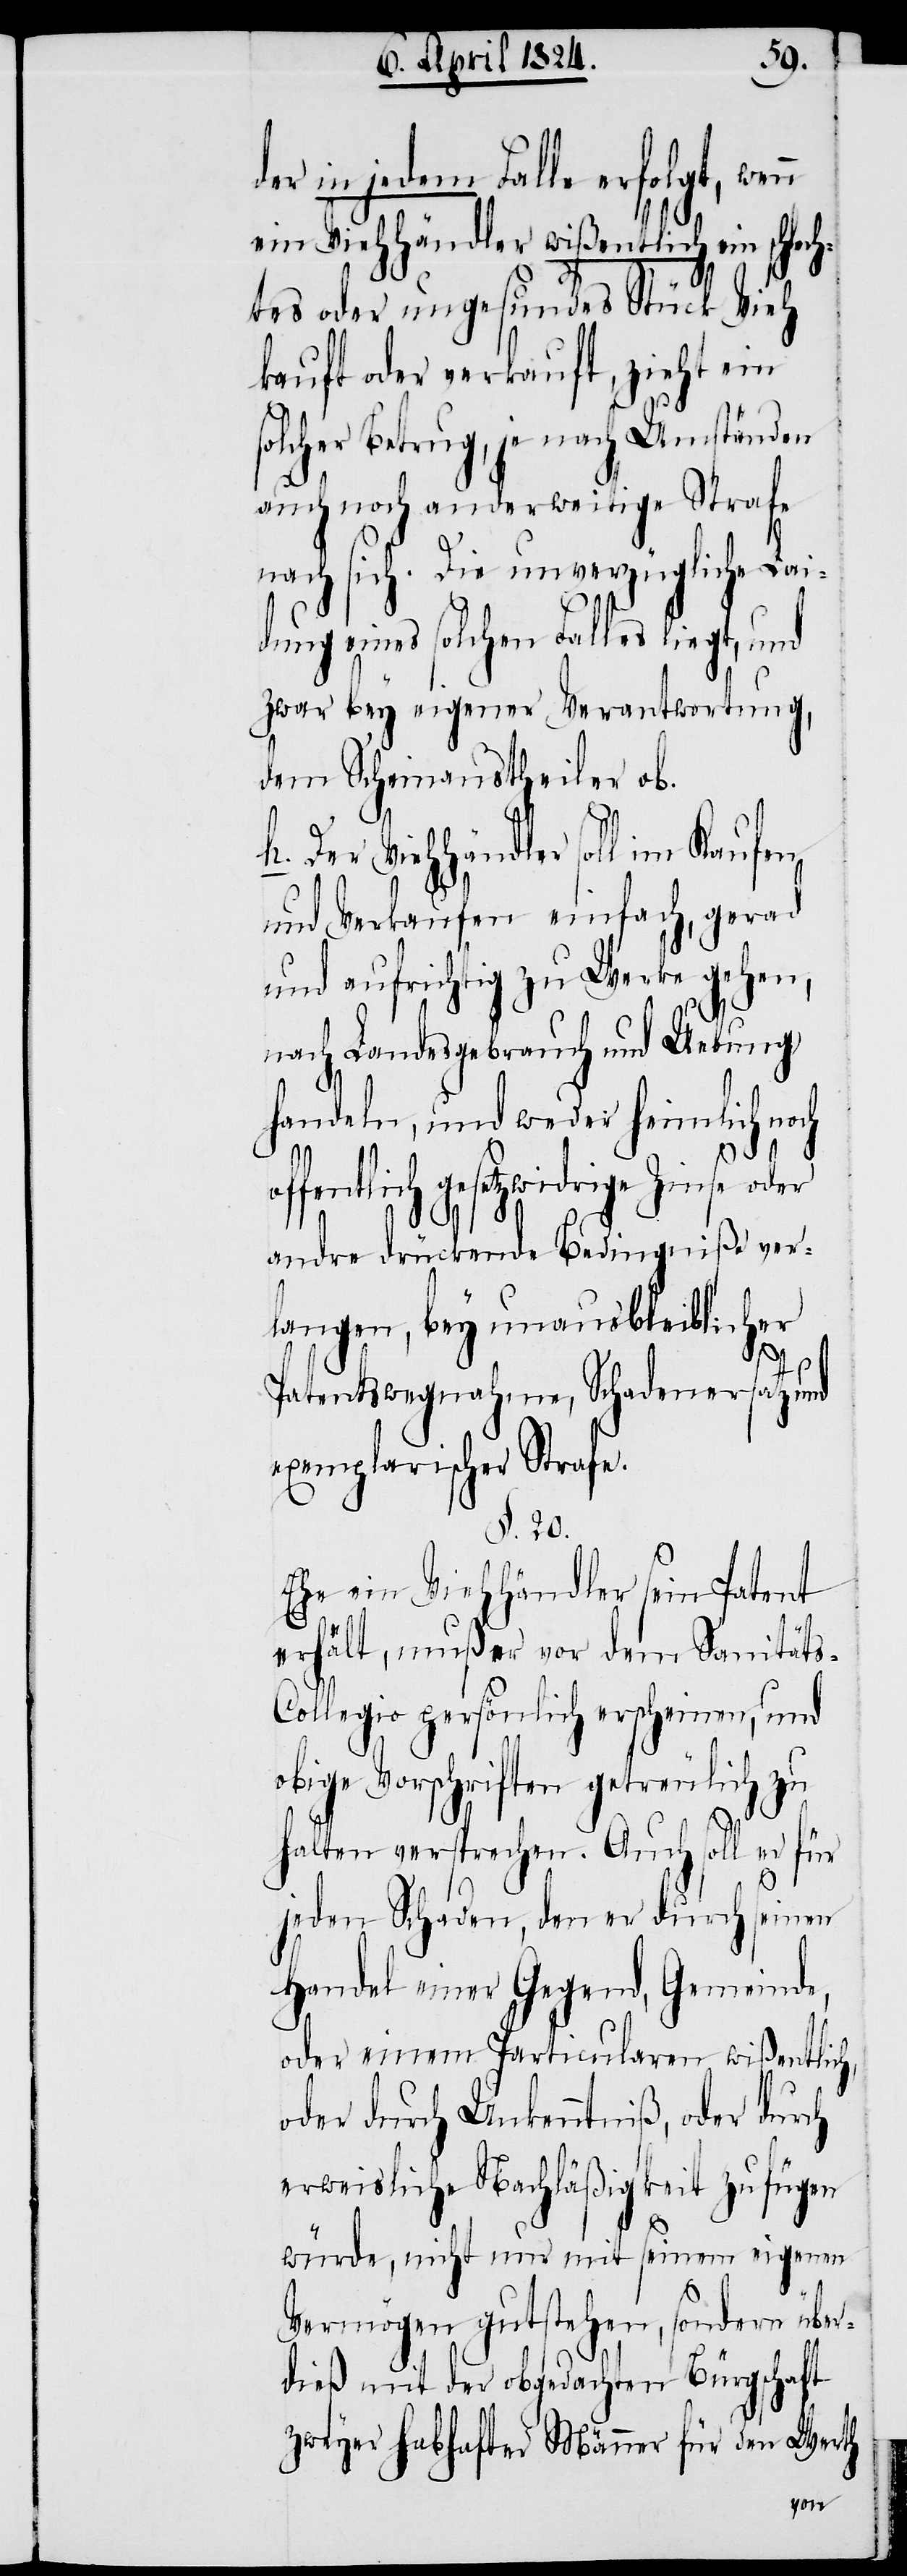
er in jedem Falle erfolgt, wen¬
ein Viehhändler wißentlich ein schlech¬
tes oder ungesundes Vieh
kauft oder verkauft, zieht ein
solcher Betrug, je nach Umständen
auch noch anderweitige Strafe
nach sich. Die unverzügliche Lai¬
dung eines solchen Falles liegt,
zwar bey eigener Verantwortung,
dem Scheinaustheiler ob.
Der Viehhändler soll im Kaufen
und Verkaufen einfach, gerad
und aufrichtig zu Werke gehen,
nach Landesgebrauch und Uebung
n
handeln, und weder heimlich noch
of¬
fentlich gesetzwidrige Zinse
andre drückende Bedingniße ver¬
langen, bey unausbleiblicher
Patentswegnahme, Schadenersatz und
exemplarischer Strafe.
§. 20.
Ehe ein Viehhändler sein Patent
erhält, muß er vor dem Sanitäts-C¬
ollegio persönlich erscheinen, und
obige Vorschriften getreulich zu
halten versprechen. Auch soll er für
jeden Schaden, den er durch seinen
Handel einer Gegend, Gemeinde,
oder einem Particularen wißentlich,
oder durch Unkenntniß, oder durch
erweisliche Nachläßigkeit zufügen
würde, nicht nur mit seinem eigenen
Vermögen gutstehen, sondern über¬
dieß mit der obgedachten Bürgschaft
zweyer habhafter Männer für den Werth